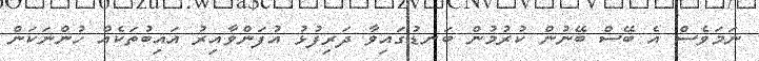
ނަމަވެސް އެ ބޭސް ބޭނުން ކުރުމުން ބަނޑުގައިވާ ދަރިފުޅު އުފަންވާއިރު އައިބުތަކެއް ހުންނަކަން